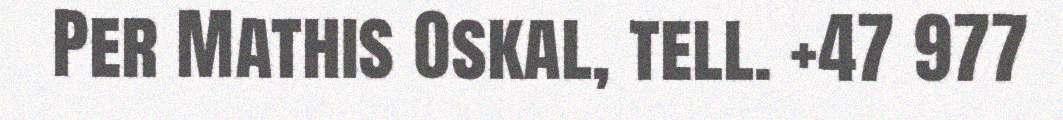
Per Mathis Oskal, tell. +47 977